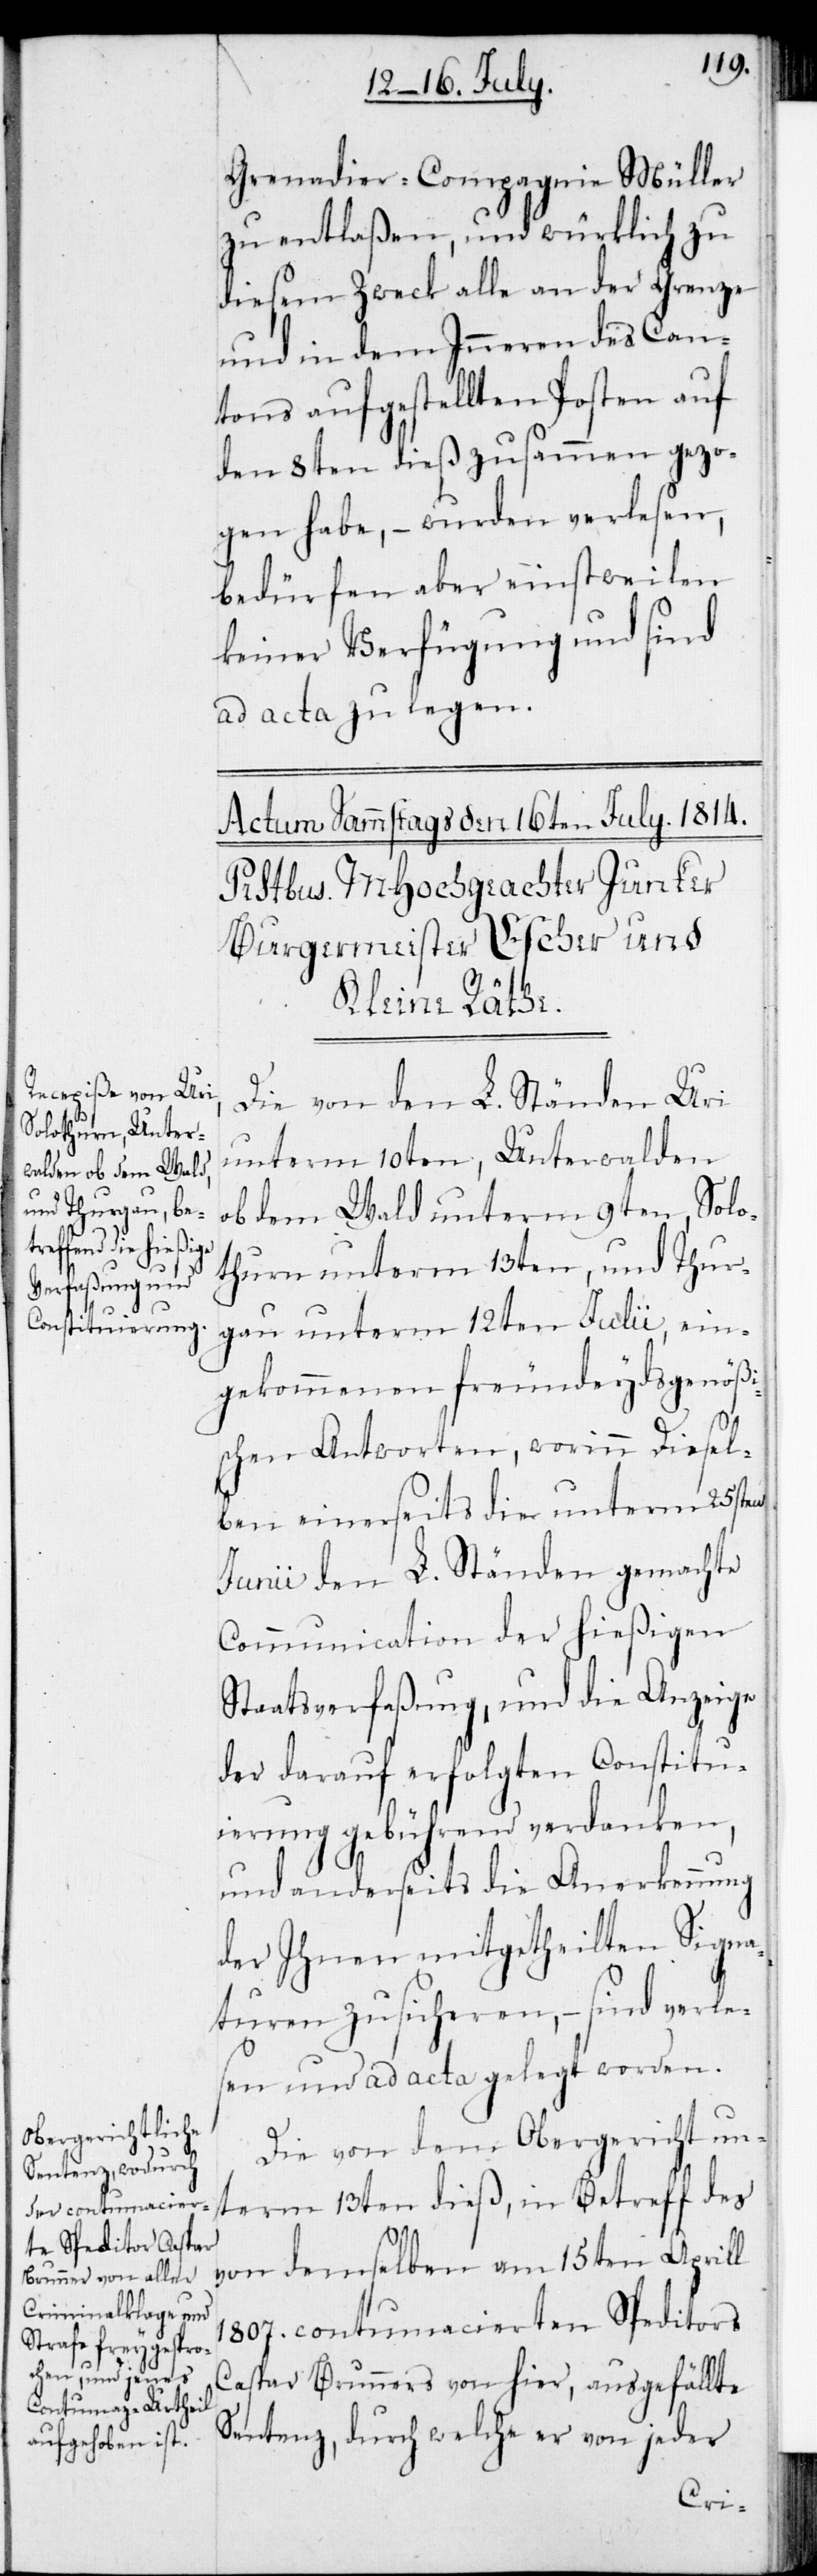
Grenadier-Compagnie Müller
zu entlaßen, und würklich zu
diesem Zweck alle an der Grenze
und in dem Inneren des Can¬
tons aufgestellten Posten auf
den 8ten dieß zusammen gezo¬
gen habe, – wurden verlesen,
bedürfen aber einstweilen
keiner Verfügung und sind
ad acta zu legen.
Die von den L. Ständen Uri
unterm 10ten, Unterwalden
ob dem Wald unterm 9ten, Solo¬
thurn unterm 13ten, und Thur¬
gau unterm 12ten Julii, ein¬
gekommenen freundeydsgenößi¬
schen Antworten, worinn Diesel¬
ben einerseits die unterm 25sten
Junii den L. Ständen gemachte
Communication der hießigen
Staatsverfaßung, und die Anzeige
der darauf erfolgten Constitu¬
ierung gebührend verdanken,
und anderseits die Anerkennung
der Ihnen mitgetheilten Signa¬
turen zusicheren, – sind verle¬
sen und ad acta gelegt worden.
Die von dem Obergericht un¬
term 13ten dieß, in Betreff des
von demselben vom 15ten Aprill
1807. contumacierten Speditors
Caspar Brunners von hier, ausgefällte
Sentenz, durch welche er von jeder